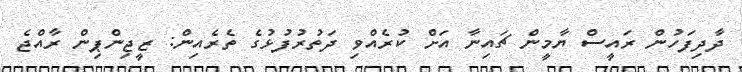
ދާދިފަހުން ރައީސް ޔާމީން ޗައިނާ އަށް ކުރެއްވި ދަތުރުފުޅުގެ ތެރެއިން: ޒީޖިންޕިން ރާއްޖެ